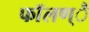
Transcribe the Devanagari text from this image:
फाॅलण्ै